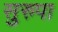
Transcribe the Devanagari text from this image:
सुरुपा